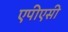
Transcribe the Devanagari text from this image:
एपीएसी